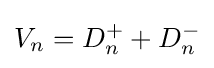
V_{n}=D_{n}^{+}+D_{n}^{-}